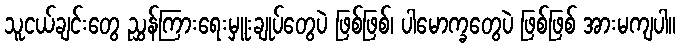
သူငယ်ချင်းတွေ ညွှန်ကြားရေးမှူးချုပ်တွေပဲ ဖြစ်ဖြစ်၊ ပါမောက္ခတွေပဲ ဖြစ်ဖြစ် အားမကျပါ။